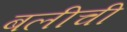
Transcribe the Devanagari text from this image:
बलीची